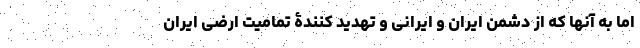
اما به آنها که از دشمن ایران و ایرانی و تهدید کنندۀ تمامیت ارضی ایران